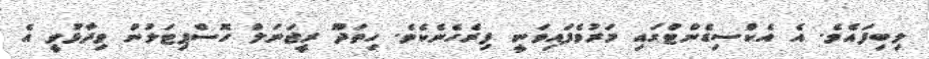
ލިބިފައެވެ. އެ އެކްސިޑެންޓްގައި މަރުވެފައިވަނީ ފިރެހެނެކެވެ. ހިތަދޫ ރީޖަނަލް ހޮސްޕިޓަލުން ވިދާޅުވީ އެ